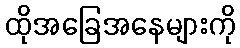
ထိုအခြေအနေများကို